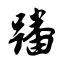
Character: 蹯